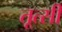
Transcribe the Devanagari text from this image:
तूत्सी